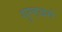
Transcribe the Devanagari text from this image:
गुल्डबर्ग